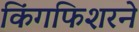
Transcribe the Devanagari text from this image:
किंगफिशरने